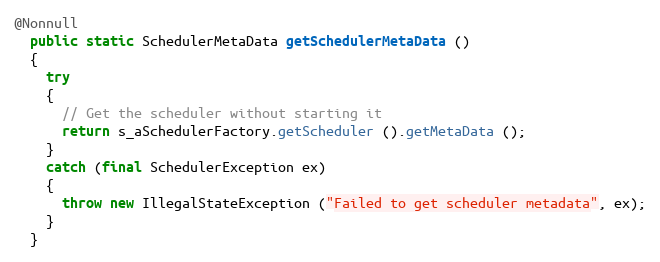
Language: Java
@Nonnull
  public static SchedulerMetaData getSchedulerMetaData ()
  {
    try
    {
      // Get the scheduler without starting it
      return s_aSchedulerFactory.getScheduler ().getMetaData ();
    }
    catch (final SchedulerException ex)
    {
      throw new IllegalStateException ("Failed to get scheduler metadata", ex);
    }
  }